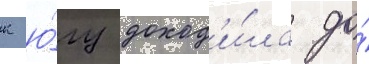
к ю́гу доход'и́ла до́